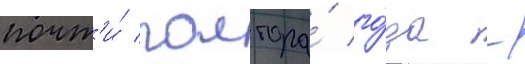
почт'и́ полтора́ го́да -